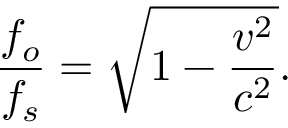
{ \frac { f _ { o } } { f _ { s } } } = { \sqrt { 1 - { \frac { v ^ { 2 } } { c ^ { 2 } } } } } .